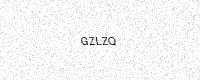
Text: GZLZQ